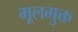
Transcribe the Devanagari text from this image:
मूलमुक्त